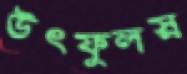
উৎফুলস্ন